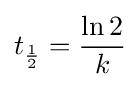
t_{\frac {1}{2}}={\frac {\ln 2}{k}}